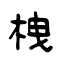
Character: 栧